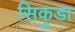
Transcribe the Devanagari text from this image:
सिकुडा